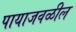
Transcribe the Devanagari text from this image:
पायाजवळील